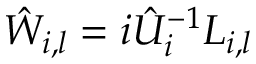
\hat { W } _ { i , l } = i \hat { U } _ { i } ^ { - 1 } L _ { i , l }